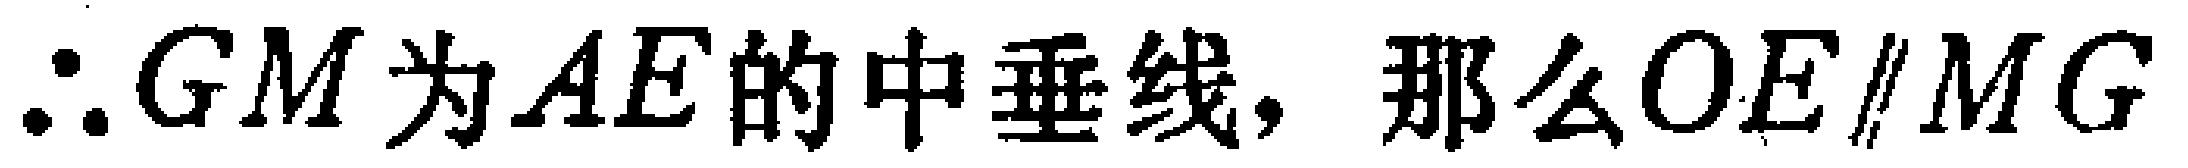
$\therefore GM为AE的中垂线, 那么OE\parallel MG$